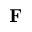
{ \bf F }